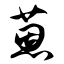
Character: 蒽